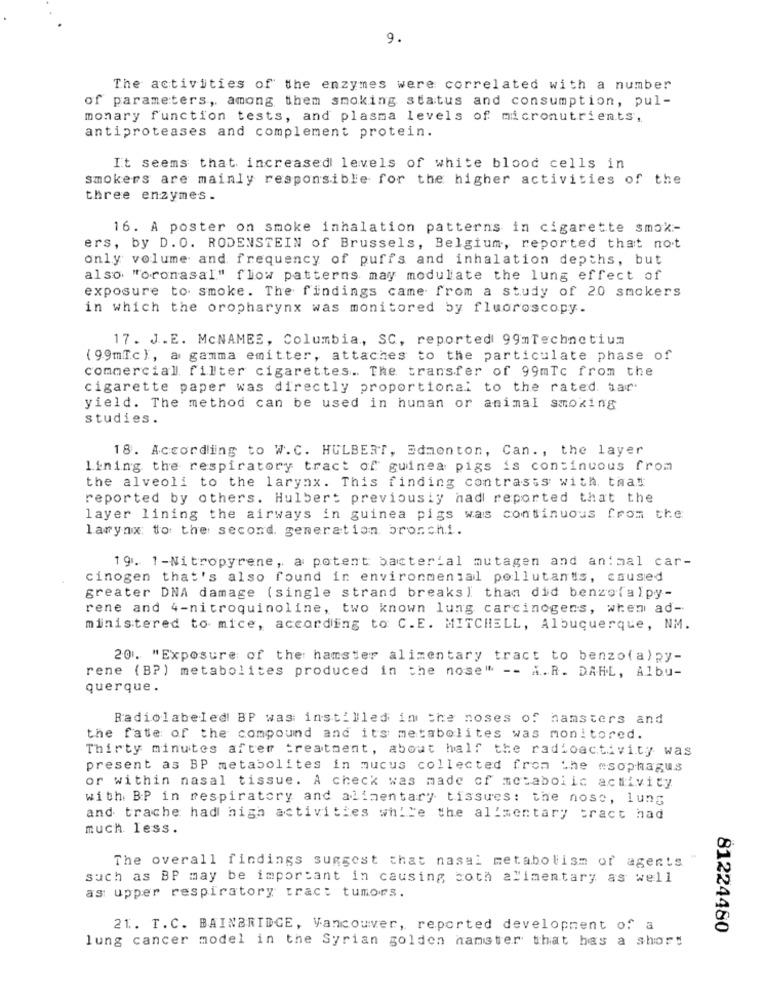
9.
The activities of the enzymes were correlated with a number
of parameters, among them smoking status and consumption, pul-
monary function tests, and plasma levels of micronutrients,
antiproteases and complement protein.
It seems that increased levels of white blood cells in
smokers are mainly responsible for the higher activities of the
three enzymes.
16. A poster on smoke inhalation patterns in cigarette smok-
ers, by D. O. RODENSTEIN of Brussels, Belgium, reported that not
only volume and frequency of puffs and inhalation depths, but
also "oronasal" flow patterns may modulate the lung effect of
exposure to smoke. The findings came from a study of 20 smokers
in which the oropharynx was monitored by fluoroscopy.
17. J. E. McNAMEE, Columbia, SC, reported 99mTechnetium
(99mlc}, a gamma emitter, attaches to the particulate phase of
commercial filter cigarettes .. The transfer of 99mTc from the
cigarette paper was directly proportional to the rated. har.
yield. The method can be used in human or animal smoking
studies.
18. According to W.C. HULBERT, Edmonton, Can. , the layer
lining the respiratory tract of guinea pigs is continuous from
the alveoli to the larynx. This finding contrasts with that
reported by others. Hulbert previously had reported that the
layer lining the airways in guinea pigs was continuous from the
larynx to the second generation bronchi.
19. 1-Nitropyrene, a potent bacterial mutagen and animal car-
cinogen that's also found in environmental pollutants, caused
greater DNA damage (single strand breaks) tham did benzolalpy-
rene and 4-nitroquinoline, two known lung carcinogens, when ad-
ministered to mice, according to C.E. MITCHELL, Albuquerque, NM.
20. "Exposure of the hamster alimentary tract to benzo(a)py-
rene (BP) metabolites produced in the nose" -- A.R. DAHL, Albu-
querque.
Radiolabeled BP was: instilled in the noses of hamsters and
the fate of the compound and it's metabolites was monitored.
Thirty minutes after treatment, about half the radioactivity was
present as BP metabolites in mucus collected from the esophagus
or within nasal tissue. A check was made of metabolic activity
with BP in respiratory and alimentary tissues: the nose, lung
and trache had high activities while the alimentary tract had
much less.
The overall findings suggest that nasal metabolism of agents
such as BP may be important in causing both alimentary as well
as upper respiratory tract tumors.
21. T.C. BAINBRIDGE, Vancouver, reported development of a
81224480
lung cancer model in the Syrian golden hamster that has a short